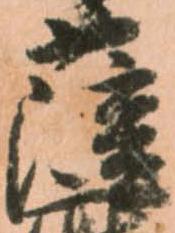
薩